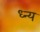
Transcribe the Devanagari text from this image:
ध्न्य